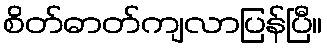
စိတ်ဓာတ်ကျလာပြန်ပြီ။